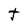
Character: t